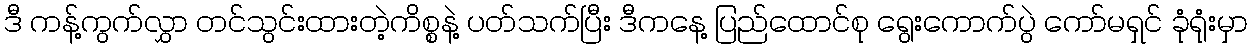
ဒီ ကန့်ကွက်လွှာ တင်သွင်းထားတဲ့ကိစ္စနဲ့ ပတ်သက်ပြီး ဒီကနေ့ ပြည်ထောင်စု ရွေးကောက်ပွဲ ကော်မရှင် ခုံရုံးမှာ